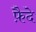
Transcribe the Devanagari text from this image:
फ़ैदे